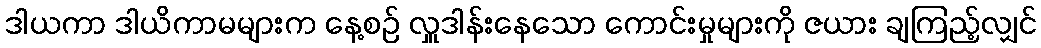
ဒါယကာ ဒါယိကာမများက နေ့စဉ် လှူဒါန်းနေသော ကောင်းမှုများကို ဇယား ချကြည့်လျှင်